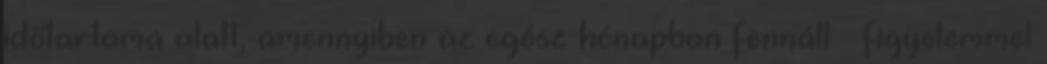
időtartama alatt, amennyiben az egész hónapban fennáll – figyelemmel